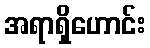
အရာရှိဟောင်း